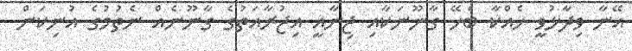
އޭނާ ވިދާޅުވީ ހެއްކާ ބެހޭ ގާނޫނަކާއި ޖިނާއީ އިޖުރާއަތުގެ ގާނޫނެއް ނެތުމުގެ އުނިކަން